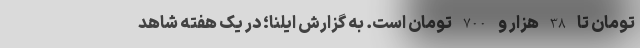
تومان تا 38 هزار و 700 تومان است. به گزارش ایلنا؛ در یک هفته شاهد